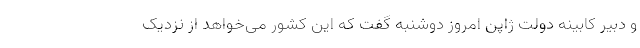
و دبیر کابینه دولت ژاپن امروز دوشنبه گفت که این کشور می‌خواهد از نزدیک